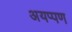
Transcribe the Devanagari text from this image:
अयप्पण